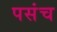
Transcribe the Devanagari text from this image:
पसंच